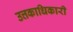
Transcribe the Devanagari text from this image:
उत्तकाधिकारी